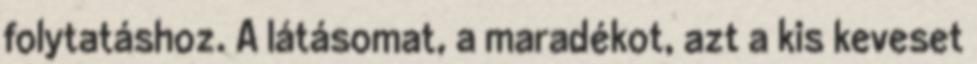
folytatáshoz. A látásomat, a maradékot, azt a kis keveset